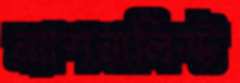
ন্যাশনালিস্ট